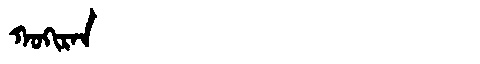
Manchu: ᡴᠣᡴᡳᡵᠠᠨ
Romanization: KOKIRAN